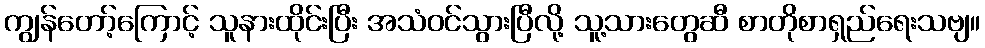
ကျွန်တော့်ကြောင့် သူနားထိုင်းပြီး အသံဝင်သွားပြီလို့ သူ့သားတွေဆီ စာတိုစာရှည်ရေးသဗျ။